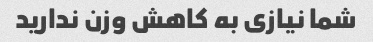
شما نیازی به کاهش وزن ندارید